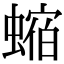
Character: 𧎧